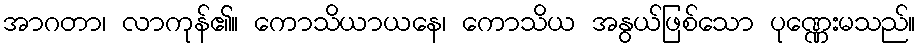
အာဂတာ၊ လာကုန်၏။ ကောသိယာယနေ၊ ကောသိယ အနွယ်ဖြစ်သော ပုဏ္ဏေးမသည်။